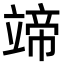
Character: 𥪟